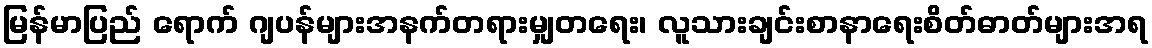
မြန်မာပြည် ရောက် ဂျပန်များအနက်တရားမျှတရေး၊ လူသားချင်းစာနာရေးစိတ်ဓာတ်များအရ